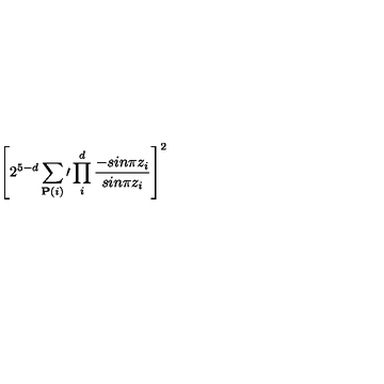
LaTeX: \left[ 2 ^ { 5 - d } \sum _ { { \bf P } ( i ) } \prime \prod _ { i } ^ { d } { \frac { - s i n \pi z _ { i } } { s i n \pi z _ { i } } } \right] ^ { 2 }